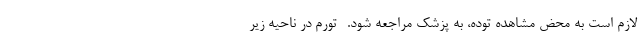
لازم است به محض مشاهده توده، به پزشک مراجعه شود. -تورم در ناحیه زیر